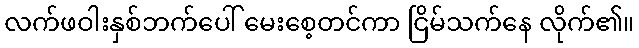
လက်ဖဝါးနှစ်ဘက်ပေါ် မေးစေ့တင်ကာ ငြိမ်သက်နေ လိုက်၏။